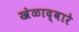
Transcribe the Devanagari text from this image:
खेळाद्वारे